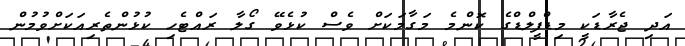
އަދި ޖެރާޑަކީ މިޑްފީލްޑްގެ ކޮންމެ މަގާމަކަށް ވެސް ކުޅެވޭ ގޯލާ ރައްޓެހި ކުޅުންތެރިއަކަށްވުމުން